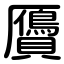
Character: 贗